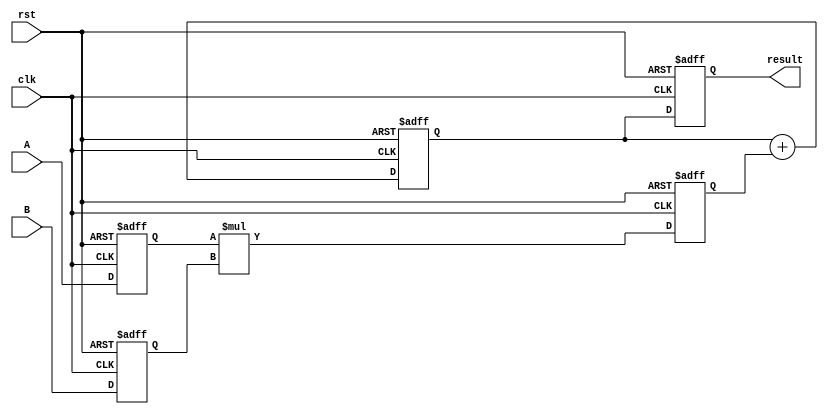
module multiplier(input wire clk,
                  input wire rst,
                  input wire [7:0] A,
                  input wire [7:0] B,
                  output reg [15:0] result);

   reg [7:0] reg_A;
   reg [7:0] reg_B;
   reg [15:0] product;
   reg [15:0] sum;

   always @(posedge clk or posedge rst) begin
      if (rst) begin
         reg_A <= 8'd0;
         reg_B <= 8'd0;
         product <= 16'd0;
         sum <= 16'd0;
         result <= 16'd0;
      end else begin
         reg_A <= A;
         reg_B <= B;
         product <= reg_A * reg_B;
         sum <= sum + product;
         result <= sum;
      end
   end

endmodule